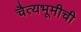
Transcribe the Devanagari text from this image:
चैत्यभूमीची